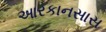
આરકાનસાસ